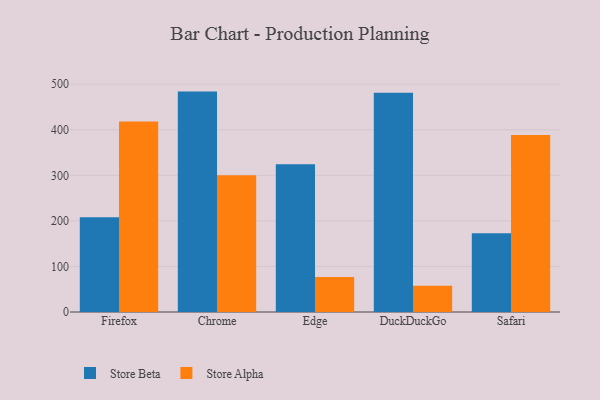
{"axis": {"x": "Browser", "y": "Customer Acquisition Cost (USD)"}, "legend": ["Store Alpha", "Store Beta"], "data": [{"x": "Firefox", "y": 208.2, "type": "Store Beta"}, {"x": "Firefox", "y": 418.4, "type": "Store Alpha"}, {"x": "Chrome", "y": 483.8, "type": "Store Beta"}, {"x": "Chrome", "y": 300.4, "type": "Store Alpha"}, {"x": "Edge", "y": 324.2, "type": "Store Beta"}, {"x": "Edge", "y": 77.0, "type": "Store Alpha"}, {"x": "DuckDuckGo", "y": 481.1, "type": "Store Beta"}, {"x": "DuckDuckGo", "y": 57.5, "type": "Store Alpha"}, {"x": "Safari", "y": 173.1, "type": "Store Beta"}, {"x": "Safari", "y": 388.8, "type": "Store Alpha"}]}